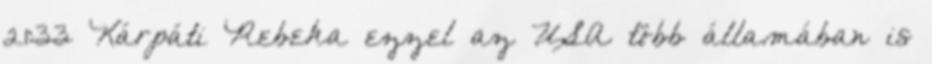
21:33 Kárpáti Rebeka ezzel az USA több államában is